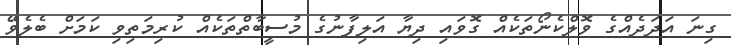
ގިނަ އަދަދެއްގެ ވޮލްކެނޯތަކެއް ގޮވައި ދިޔާ އަލިފާނުގެ މުސީބާތްތަކެއް ކުރިމަތިވި ކަމަށް ބެލެވޭ